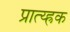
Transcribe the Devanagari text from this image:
प्रात्य्ह्रक